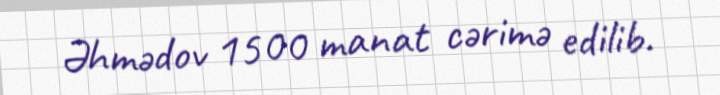
Əhmədov 1500 manat cərimə edilib.